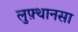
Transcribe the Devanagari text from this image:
लुफ़्थानसा